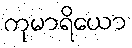
ကုမာရိယော